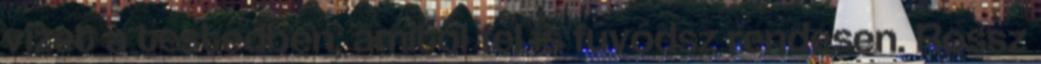
vizet a testedben, amitől fel is fúvódsz rendesen. Rossz